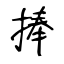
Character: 捧